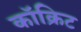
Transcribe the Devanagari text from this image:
कॉक्रिट